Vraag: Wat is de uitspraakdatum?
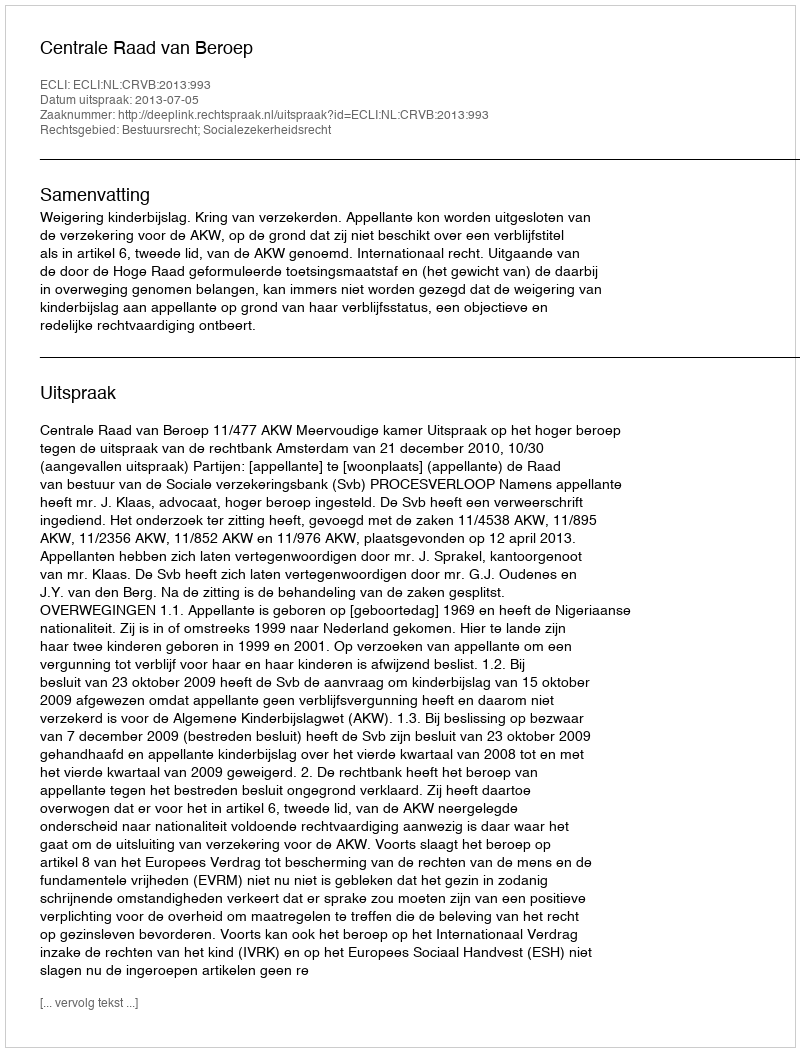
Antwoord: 2013-07-05